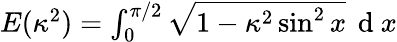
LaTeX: \begin{array}{r}{E(\kappa^{2})=\int_{0}^{\pi/2}\sqrt{1-\kappa^{2}\sin^{2}x}\, \mathrm{~d~}x}\end{array}